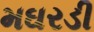
મઘરડી